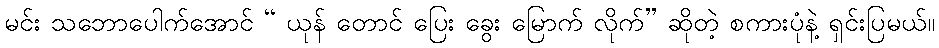
မင်း သဘောပေါက်အောင် “ ယုန် တောင် ပြေး ခွေး မြောက် လိုက်” ဆိုတဲ့ စကားပုံနဲ့ ရှင်းပြမယ်။